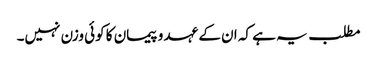
مطلب یہ ہے کہ ان کے عہد و پیمان کا کوئی وزن نہیں۔